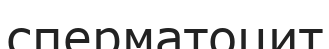
сперматоцит